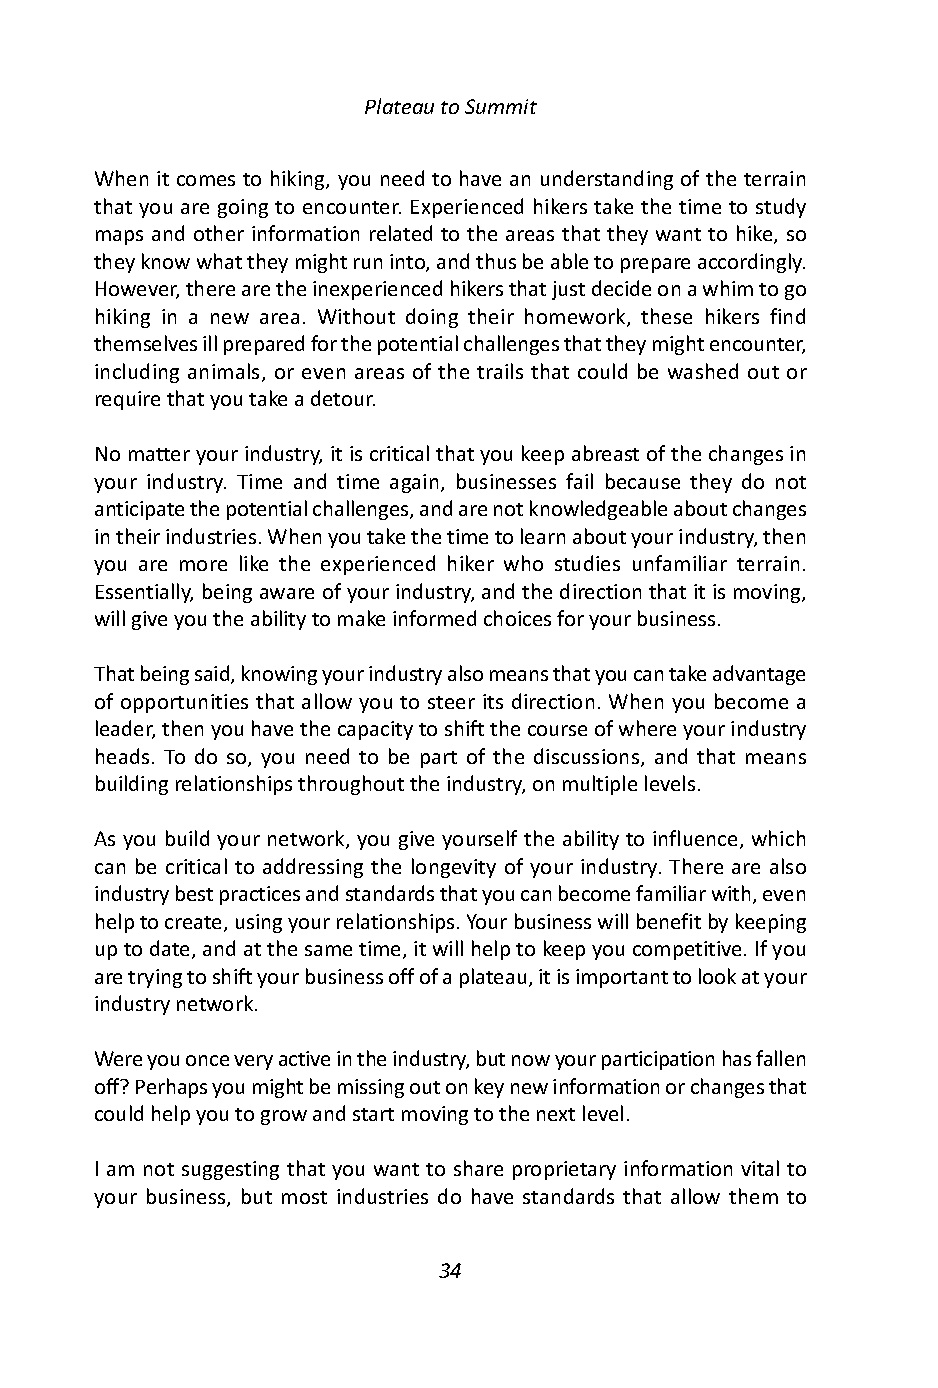
Plateau to Summit
 When it comes to hiking, you need to have an understanding of the terrain
 that you are going to encounter. Experienced hikers take the time to study
 maps and other information related to the areas that they want to hike, so
 they know what they might run into, and thus be able to prepare accordingly.
 However, there are the inexperienced hikers that just decide on a whim to go
 hiking in a new area. Without doing their homework, these hikers find
 themselves ill prepared for the potential challenges that they might encounter,
 including animals, or even areas of the trails that could be washed out or
 require that you take a detour.
 No matter your industry, it is critical that you keep abreast of the changes in
 your industry. Time and time again, businesses fail because they do not
 anticipate the potential challenges, and are not knowledgeable about changes
 in their industries. When you take the time to learn about your industry, then
 you are more like the experienced hiker who studies unfamiliar terrain.
 Essentially, being aware of your industry, and the direction that it is moving,
 will give you the ability to make informed choices for your business.
 That being said, knowing your industry also means that you can take advantage
 of opportunities that allow you to steer its direction. When you become a
 leader, then you have the capacity to shift the course of where your industry
 heads. To do so, you need to be part of the discussions, and that means
 building relationships throughout the industry, on multiple levels.
 As you build your network, you give yourself the ability to influence, which
 can be critical to addressing the longevity of your industry. There are also
 industry best practices and standards that you can become familiar with, even
 help to create, using your relationships. Your business will benefit by keeping
 up to date, and at the same time, it will help to keep you competitive. If you
 are trying to shift your business off of a plateau, it is important to look at your
 industry network.
 Were you once very active in the industry, but now your participation has fallen
 off? Perhaps you might be missing out on key new information or changes that
 could help you to grow and start moving to the next level.
 I am not suggesting that you want to share proprietary information vital to
 your business, but most industries do have standards that allow them to
 34